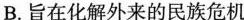
B.旨在化解外来的民族危机